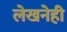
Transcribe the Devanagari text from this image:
लेखनेही